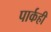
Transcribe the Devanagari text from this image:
पार्कही